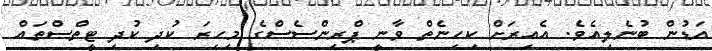
އަޑުން ބުނެލިއެވެ. އެއިރަށް ކިހިނެތް ވާނީ ޕްރިންސެސްގެ މިހިރަ ކުދި ކުދި ޓީތްސްތައް